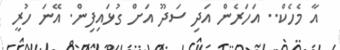
އާ މެހެކް.. އަހަރެން އަދި ސަދޫ އަށް ގުޅައިފިން. އޭނަ ހުރީ